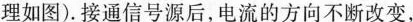
理如图)。接通信号源后，电流的方向不断改变，